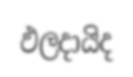
ඵලදායිද